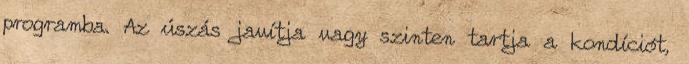
programba. Az úszás javítja vagy szinten tartja a kondíciót,